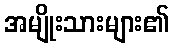
အမျိုးသားများ၏